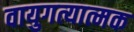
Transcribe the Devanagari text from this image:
वायुगत्यात्मक